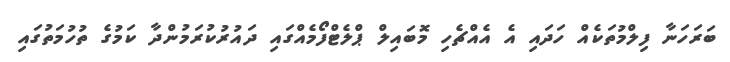
ބަރަހަނާ ފިލްމުތަކެއް ހަދައި އެ އެއްޗެހި މޮބައިލް ޕްލެޓްފޯމެއްގައި ދައުރުކުރަމުންދާ ކަމުގެ ތުހުމަތުގައި